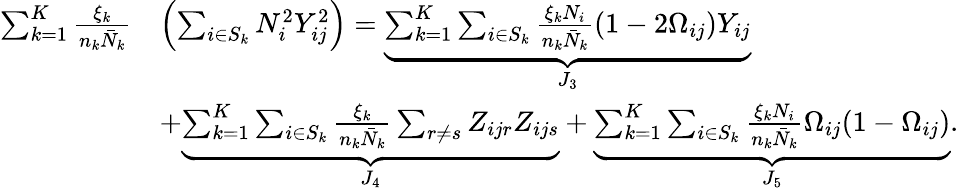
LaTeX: \begin{array}{rl}{\sum_{k=1}^{K}\frac{\xi_{k}}{n_{k}\bar{N}_{k}}}&{\Bigl(\sum_{i\in S_{k}}N_{i}^{2}Y_{ij}^{2}\Bigr)=\underbrace{\sum_{k=1}^{K}\sum_{i\in S_{k}}\frac{\xi_{k}N_{i}}{n_{k}\bar{N}_{k}}(1-2\Omega_{ij})Y_{ij}}_{J_{3}}}\\ &{+\underbrace{\sum_{k=1}^{K}\sum_{i\in S_{k}}\frac{\xi_{k}}{n_{k}\bar{N}_{k}}\sum_{r\neq s}Z_{ijr}Z_{ijs}}_{J_{4}}+\underbrace{\sum_{k=1}^{K}\sum_{i\in S_{k}}\frac{\xi_{k}N_{i}}{n_{k}\bar{N}_{k}}\Omega_{ij}(1-\Omega_{ij})}_{J_{5}}.}\end{array}